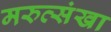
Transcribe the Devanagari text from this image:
मरुत्संखा